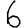
Digit: 6